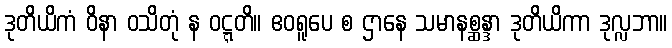
ဒုတိယိကံ ဝိနာ ဝသိတုံ န ဝဋ္ဋတိ။ ဧဝရူပေ စ ဌာနေ သမာနစ္ဆန္ဒာ ဒုတိယိကာ ဒုလ္လဘာ။